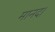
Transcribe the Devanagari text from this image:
मानद।